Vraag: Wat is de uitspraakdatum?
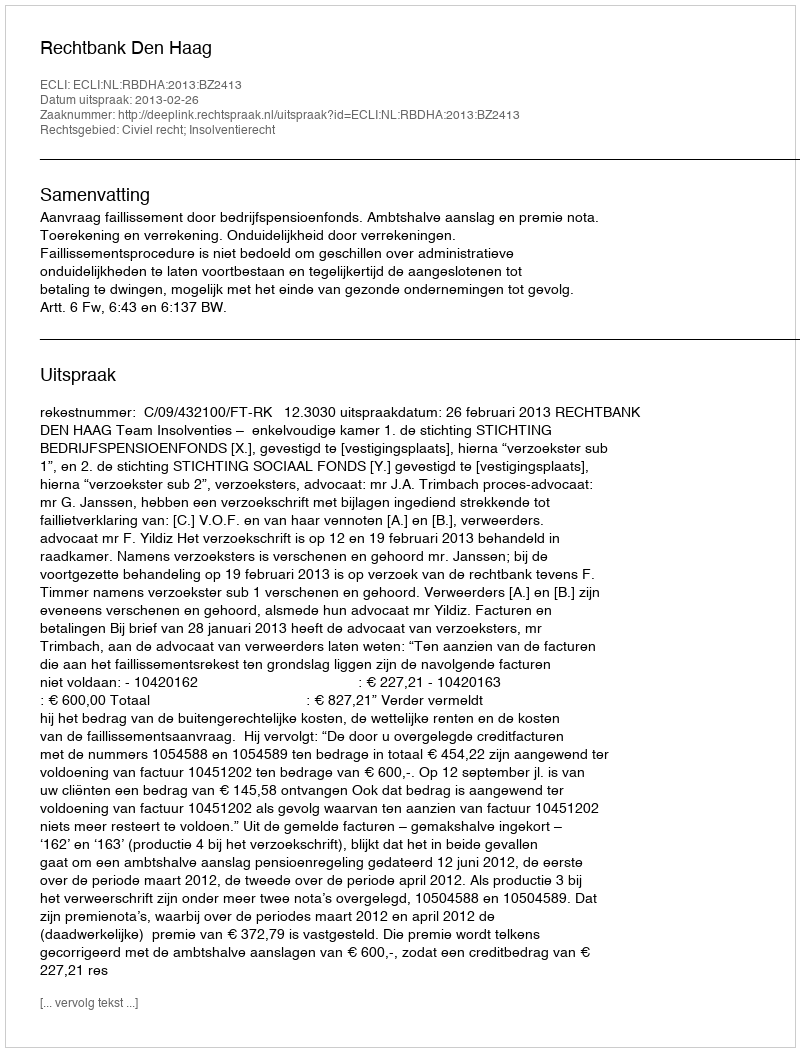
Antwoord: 2013-02-26